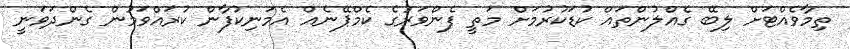
ތިމާވެއްޓަށް ލިބޭ ގެއްލުންތައް ކުޑަކުރުމަށް މަތީ ފެންވަރުގެ ކެމްޕޭނެއް އެމަނިކުފާން ކުރައްވަމުން ގެންދަވަނީ